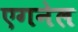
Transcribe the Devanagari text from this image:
एगनेल